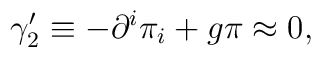
\gamma _{2}^{\prime }\equiv -\partial ^{i}\pi _{i}+g\pi \approx 0,